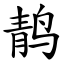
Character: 䴖